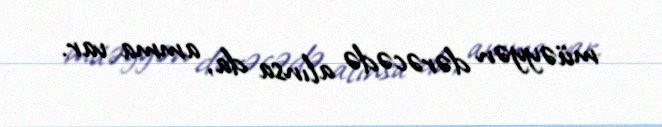
müəyyən dərəcədə alınsa da, amma var.